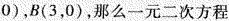
0)，那么一元二次方程